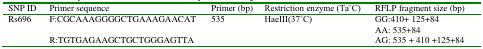
| SNP ID | Primer sequence | Primer (bp) | Restriction enzyme (Ta ̊C) | RFLP fragment size (bp) |
 | --- | --- | --- | --- | --- |
 | Rs696 | F:CGCAAAGGGGCTGAAAGAACATR:TGTGAGAAGCTGCTGGGAGTTA | 535 | HaeIII(37 ̊C) | GG:410+ 125+84AA: 535+84AG: 535 + 410 +125+84 |